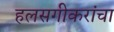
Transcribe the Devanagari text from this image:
हलसगीकरांचा